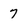
Character: 7